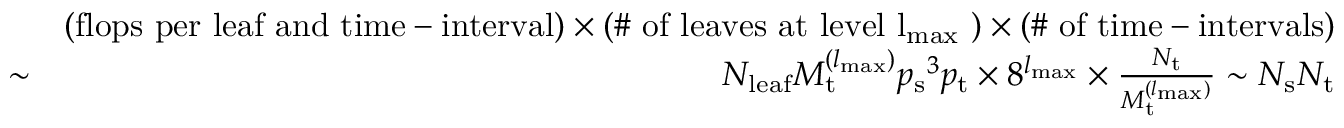
\begin{array} { r l r } & { } & { ( \mathrm { f l o p s ~ p e r ~ l e a f ~ a n d ~ t i m e - i n t e r v a l } ) \times ( \mathrm { \# ~ o f ~ l e a v e s ~ a t ~ l e v e l ~ { l _ { { \mathrm { m a x } } } } ~ } ) \times ( \mathrm { \# ~ o f ~ t i m e - i n t e r v a l s } ) } \\ & { \sim } & { N _ { { \mathrm { l e a f } } } M _ { \mathrm { t } } ^ { ( { l _ { { \mathrm { m a x } } } } ) } { p _ { \mathrm { s } } } ^ { 3 } { p _ { \mathrm { t } } } \times 8 ^ { { l _ { { \mathrm { m a x } } } } } \times \frac { N _ { \mathrm { t } } } { M _ { \mathrm { t } } ^ { ( { l _ { { \mathrm { m a x } } } } ) } } \sim N _ { \mathrm { s } } N _ { \mathrm { t } } } \end{array}